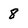
Character: 8